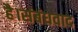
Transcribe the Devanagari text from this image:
है।संबंधवाद